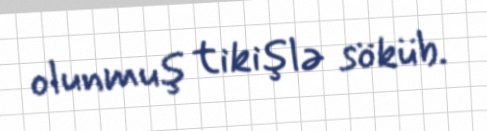
olunmuş tikişlə söküb.